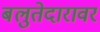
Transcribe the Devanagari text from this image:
बलुतेदारावर